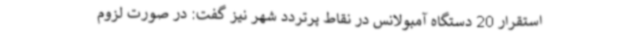
استقرار 20 دستگاه آمبولانس در نقاط پرتردد شهر نیز گفت: در صورت لزوم